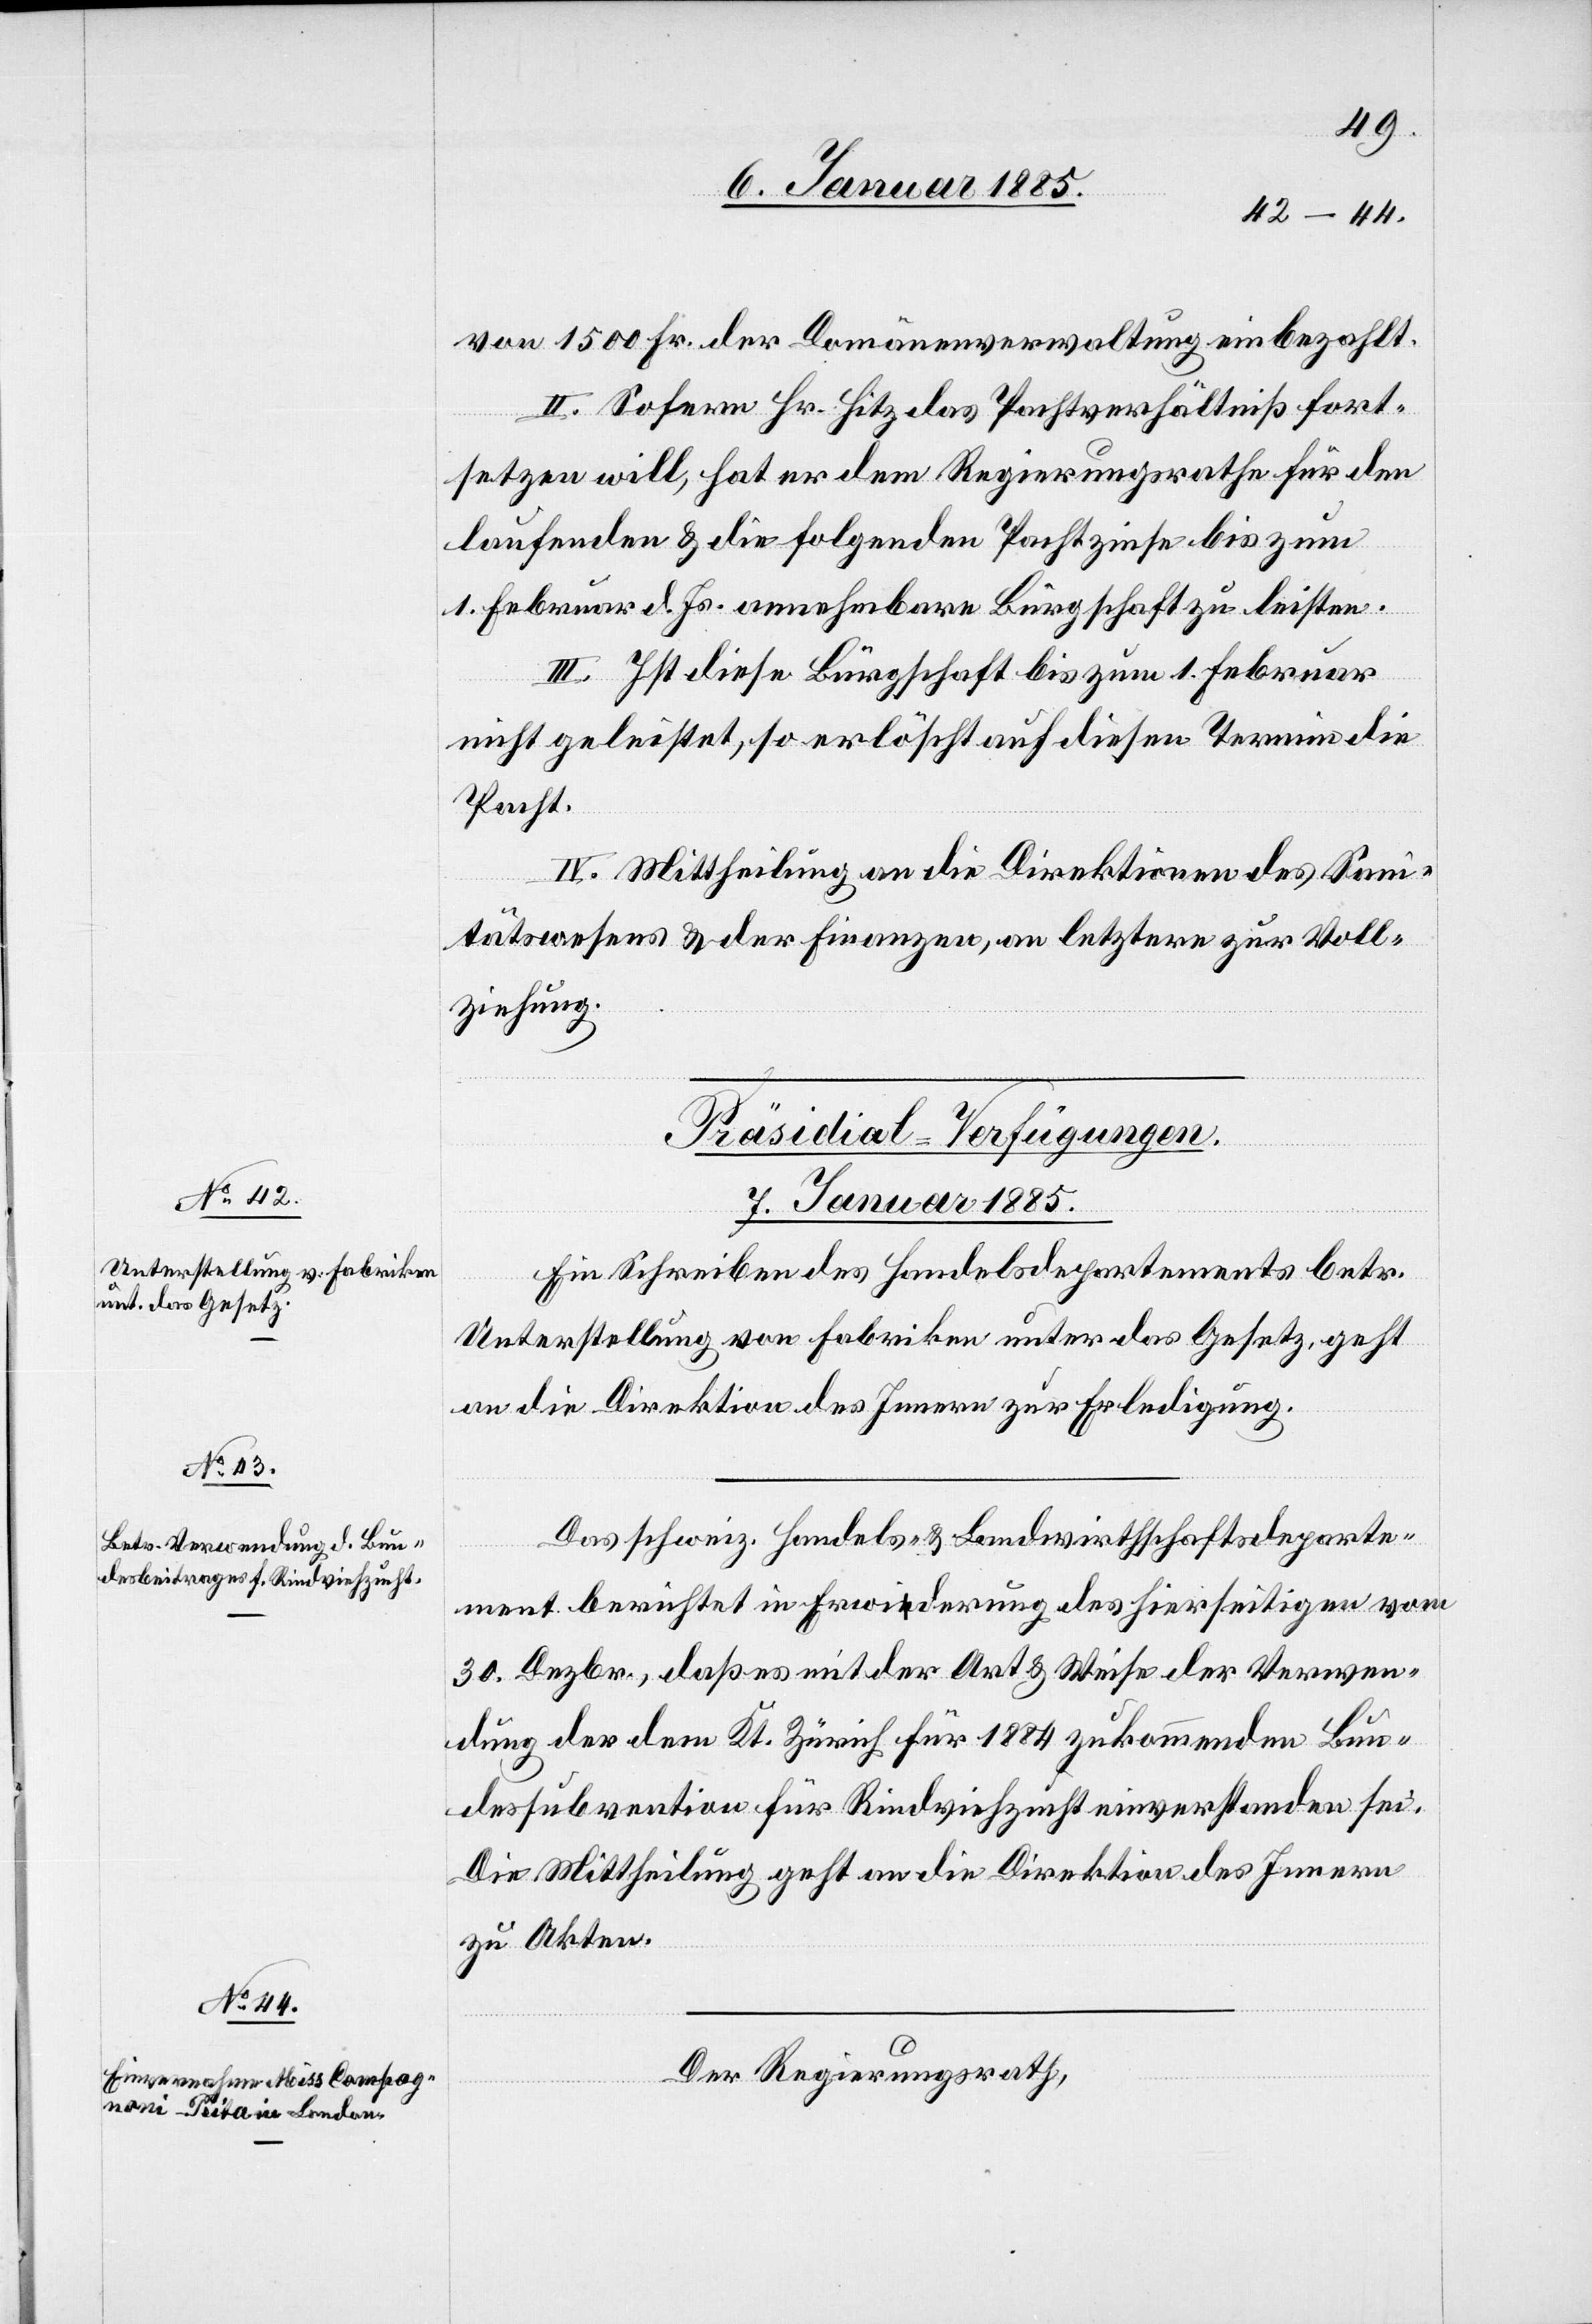
von 1500 Fr. der Domänenverwaltung einbezahlt.
II. Sofern Hr. Hitz das Pachtverhältniß fort¬
setzen will, hat er dem Regierungsrathe für den
laufenden & die folgenden Pachtzinse bis zum
1. Februar d. Js. annehmbare Bürgschaft zu leisten.
III. Ist diese Bürgschaft bis zum 1. Februar
nicht geleistet, so erlöscht auf diesen Termin die
Pacht.
IV. Mittheilung an die Direktion des Sani¬
tätswesens & der Finanzen, an letztere zur Voll¬
ziehung.
[Präsidial-Verfügungen.
7. Januar 1885.]
Ein Schreiben des Handelsdepartements betr.
Unterstellung von Fabriken unter das Gesetz, geht
an die Direktion des Innern zur Erledigung.
Das schweiz. Handels- & Landwirthschaftsdeparte¬
ment berichtet in Erwiderung des hierseitigen vom
30. Dezbr., daß es mit der Art & Weise der Verwen¬
dung der dem Kt. Zürich für 1884 zukommenden Bun¬
dessubvention für Rindviehzucht einverstanden sei.
Die Mittheilung geht an die Direktion des Innern
zu Akten.
Der Regierungsrath,